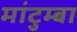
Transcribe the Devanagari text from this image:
मांटुम्बा